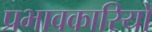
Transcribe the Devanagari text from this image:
प्रभावकारियों